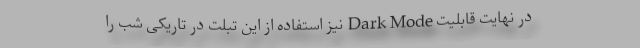
در نهایت قابلیت Dark Mode نیز استفاده از این تبلت در تاریکی شب را